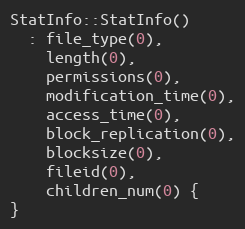
Language: C++
StatInfo::StatInfo()
  : file_type(0),
    length(0),
    permissions(0),
    modification_time(0),
    access_time(0),
    block_replication(0),
    blocksize(0),
    fileid(0),
    children_num(0) {
}